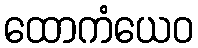
ထောကံယေဝ